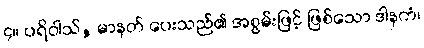
၄။ ပရိဝါသ်, မာနတ် ပေးသည်၏ အစွမ်းဖြင့် ဖြစ်သော ဒါနကံ၊